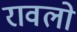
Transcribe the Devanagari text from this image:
रावलो